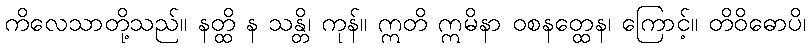
ကိလေသာတို့သည်။ နတ္ထိ န သန္တိ၊ ကုန်။ ဣတိ ဣမိနာ ဝစနတ္ထေန၊ ကြောင့်။ တိဝိဓောပိ၊